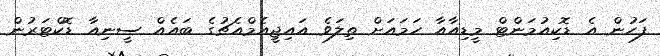
ފަހުން އެ ޑޮކިއުމަންޓް މީޑިއާއާ ހަމައަށް ތިލަވެ އައިޖީއެމްއެޗުގެ ބައެއް ސީނިއާ ޑޮކްޓަރުން